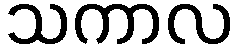
သကာလ